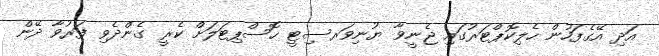
އަދި އޭގެފަހުން ހެލިކޮޕްޓަރުގައި ޖެނީވާ ޔުނިވަރސިޓީ ހޮސްޕިޓަލަށް ކެރީ ގެންދެވި ފަރުވާ ދޭން